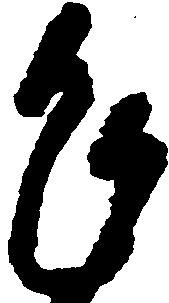
乍